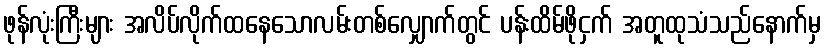
ဖုန်လုံးကြီးများ အလိပ်လိုက်ထနေသောလမ်းတစ်လျှောက်တွင် ပန်းထိမ်ဖိုငှက် အတူထုသံသည်နောက်မှ